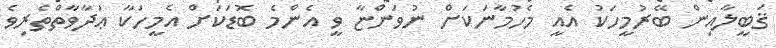
ޤަބީލާއިން ބޭރުމީހަކު އެއީ މެހުމާނަކަށް ނުވަންޏާ ވީ އެންމެ ބޮޑަކަށް އެމީހަކާ ޢަދާވާތްތެރިވެ